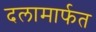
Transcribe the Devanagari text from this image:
दलामार्फत